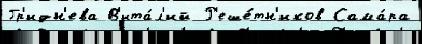
Гр'идн'ева В'ита́л'ий Р'еше́тн'иков Сама́ра